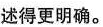
述得更明确。